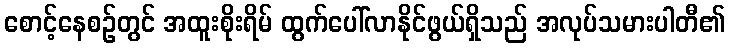
စောင့်နေစဉ်တွင် အထူးစိုးရိမ် ထွက်ပေါ်လာနိုင်ဖွယ်ရှိသည် အလုပ်သမားပါတီ၏